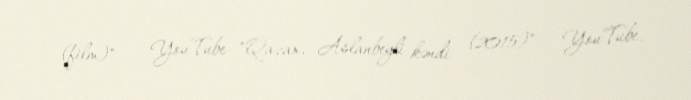
(film)" — YouTube "Qazax, Aslanbeyli kəndi (2015)" — YouTube.